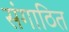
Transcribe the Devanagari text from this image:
संगाठित